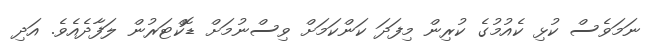
ނަމަވެސް ކުޅި ކެއުމުގެ ކުރިން މިފަދަ ކަންކަމަށް ވިސްނުމަށް ޑޮކްޓަރުން ލަފާދެއެވެ. އަދި